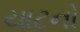
યાટનો